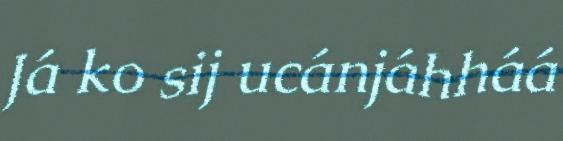
Já ko sij ucánjáhháá